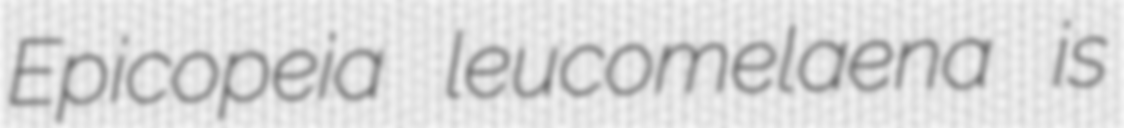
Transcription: Epicopeia leucomelaena is